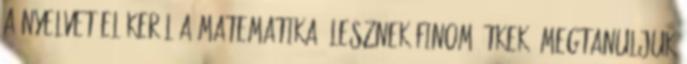
a nyelvet Előkerül a matematika, lesznek finom étkek, megtanuljuk